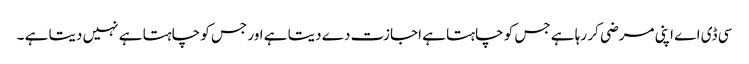
سی ڈی اے اپنی مرضی کر رہا ہے جس کو چاہتا ہے اجازت دے دیتا ہے اور جس کو چاہتا ہے نہیں دیتا ہے ۔